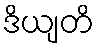
ဒိယျတိ